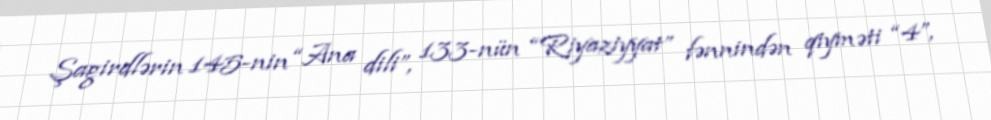
Şagirdlərin 145-nin “Ana dili”, 133-nün “Riyaziyyat” fənnindən qiyməti “4”,